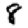
Digit: 8